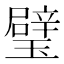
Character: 璧